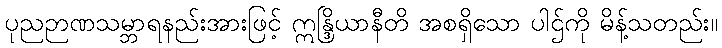
ပုညဉာဏသမ္ဘာရနည်းအားဖြင့် ဣန္ဒြိယာနီတိ အစရှိသော ပါဌ်ကို မိန့်သတည်း။